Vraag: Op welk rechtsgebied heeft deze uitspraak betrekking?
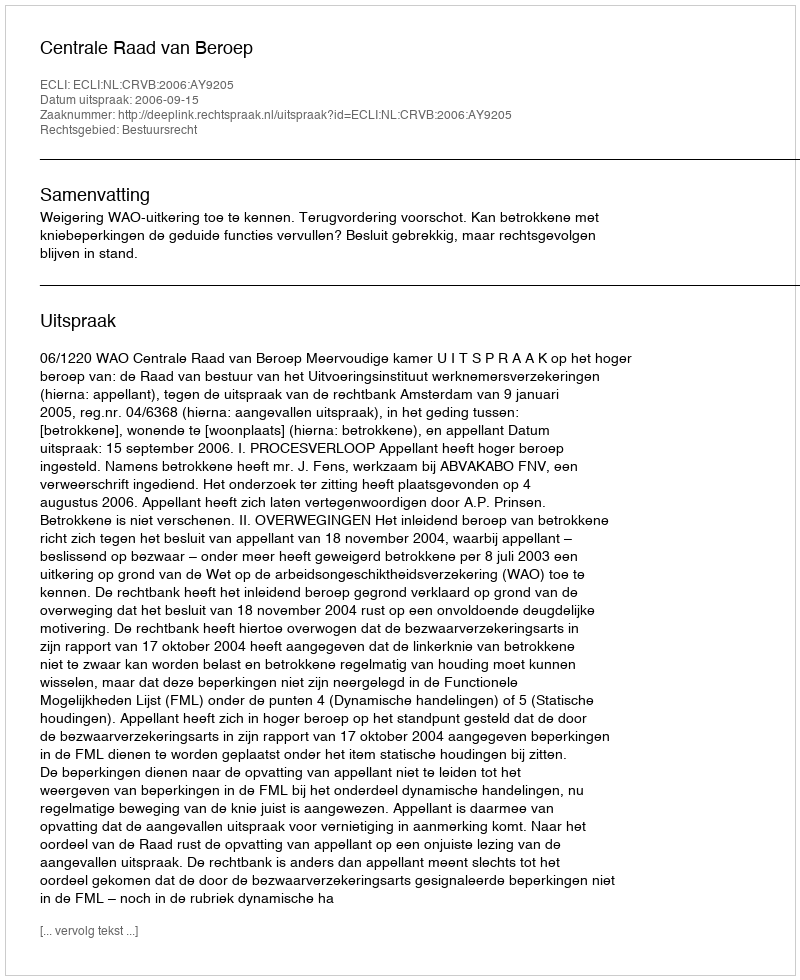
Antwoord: Bestuursrecht